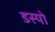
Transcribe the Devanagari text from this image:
डस्यो